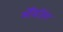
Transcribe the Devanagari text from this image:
मॅनिजिंग